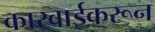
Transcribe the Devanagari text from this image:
कारवाईकरून